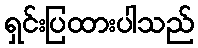
ရှင်းပြထားပါသည်